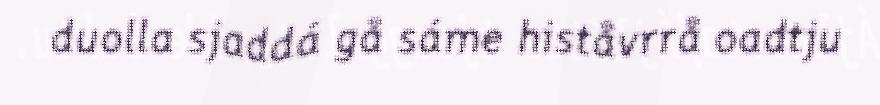
duolla sjaddá gå sáme histåvrrå oadtju